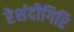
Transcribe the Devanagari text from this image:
रेशंदीगिरि